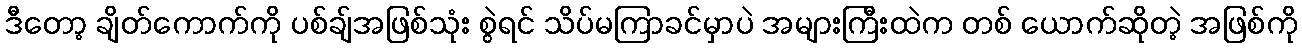
ဒီတော့ ချိတ်ကောက်ကို ပစ်ချ်အဖြစ်သုံး စွဲရင် သိပ်မကြာခင်မှာပဲ အများကြီးထဲက တစ် ယောက်ဆိုတဲ့ အဖြစ်ကို